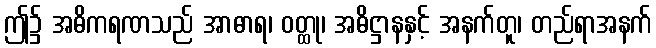
ဤ၌ အဓိကရဏသည် အာဓာရ၊ ဝတ္ထု၊ အဓိဋ္ဌာနနှင့် အနက်တူ၊ တည်ရာအနက်